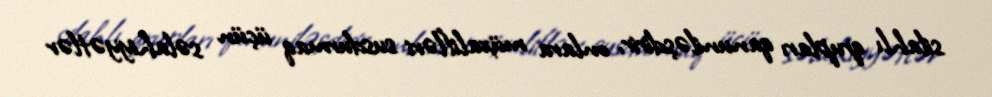
silahlı qrupları qanuniləşdirir, onlara müxalifləri susdurmaq üçün səlahiyyətlər